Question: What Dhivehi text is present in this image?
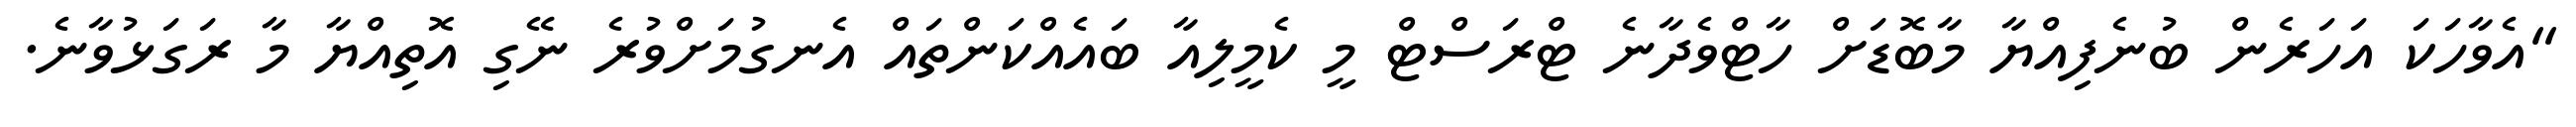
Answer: "އެވާހަކަ އަހަރެން ބުނެފިއްޔާ މާބޮޑަށް ހާޓްވެދާނެ ޓްރަސްޓް މީ ކެމީލިއާ ބައެއްކަންތައް އެނގުމަށްވުރެ ނޭގި އޮތިއްޔާ މާ ރަގަޅުވާނެ.